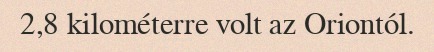
2,8 kilométerre volt az Oriontól.